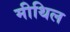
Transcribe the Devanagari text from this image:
मीथिल